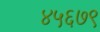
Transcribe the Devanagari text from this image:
४५६७९